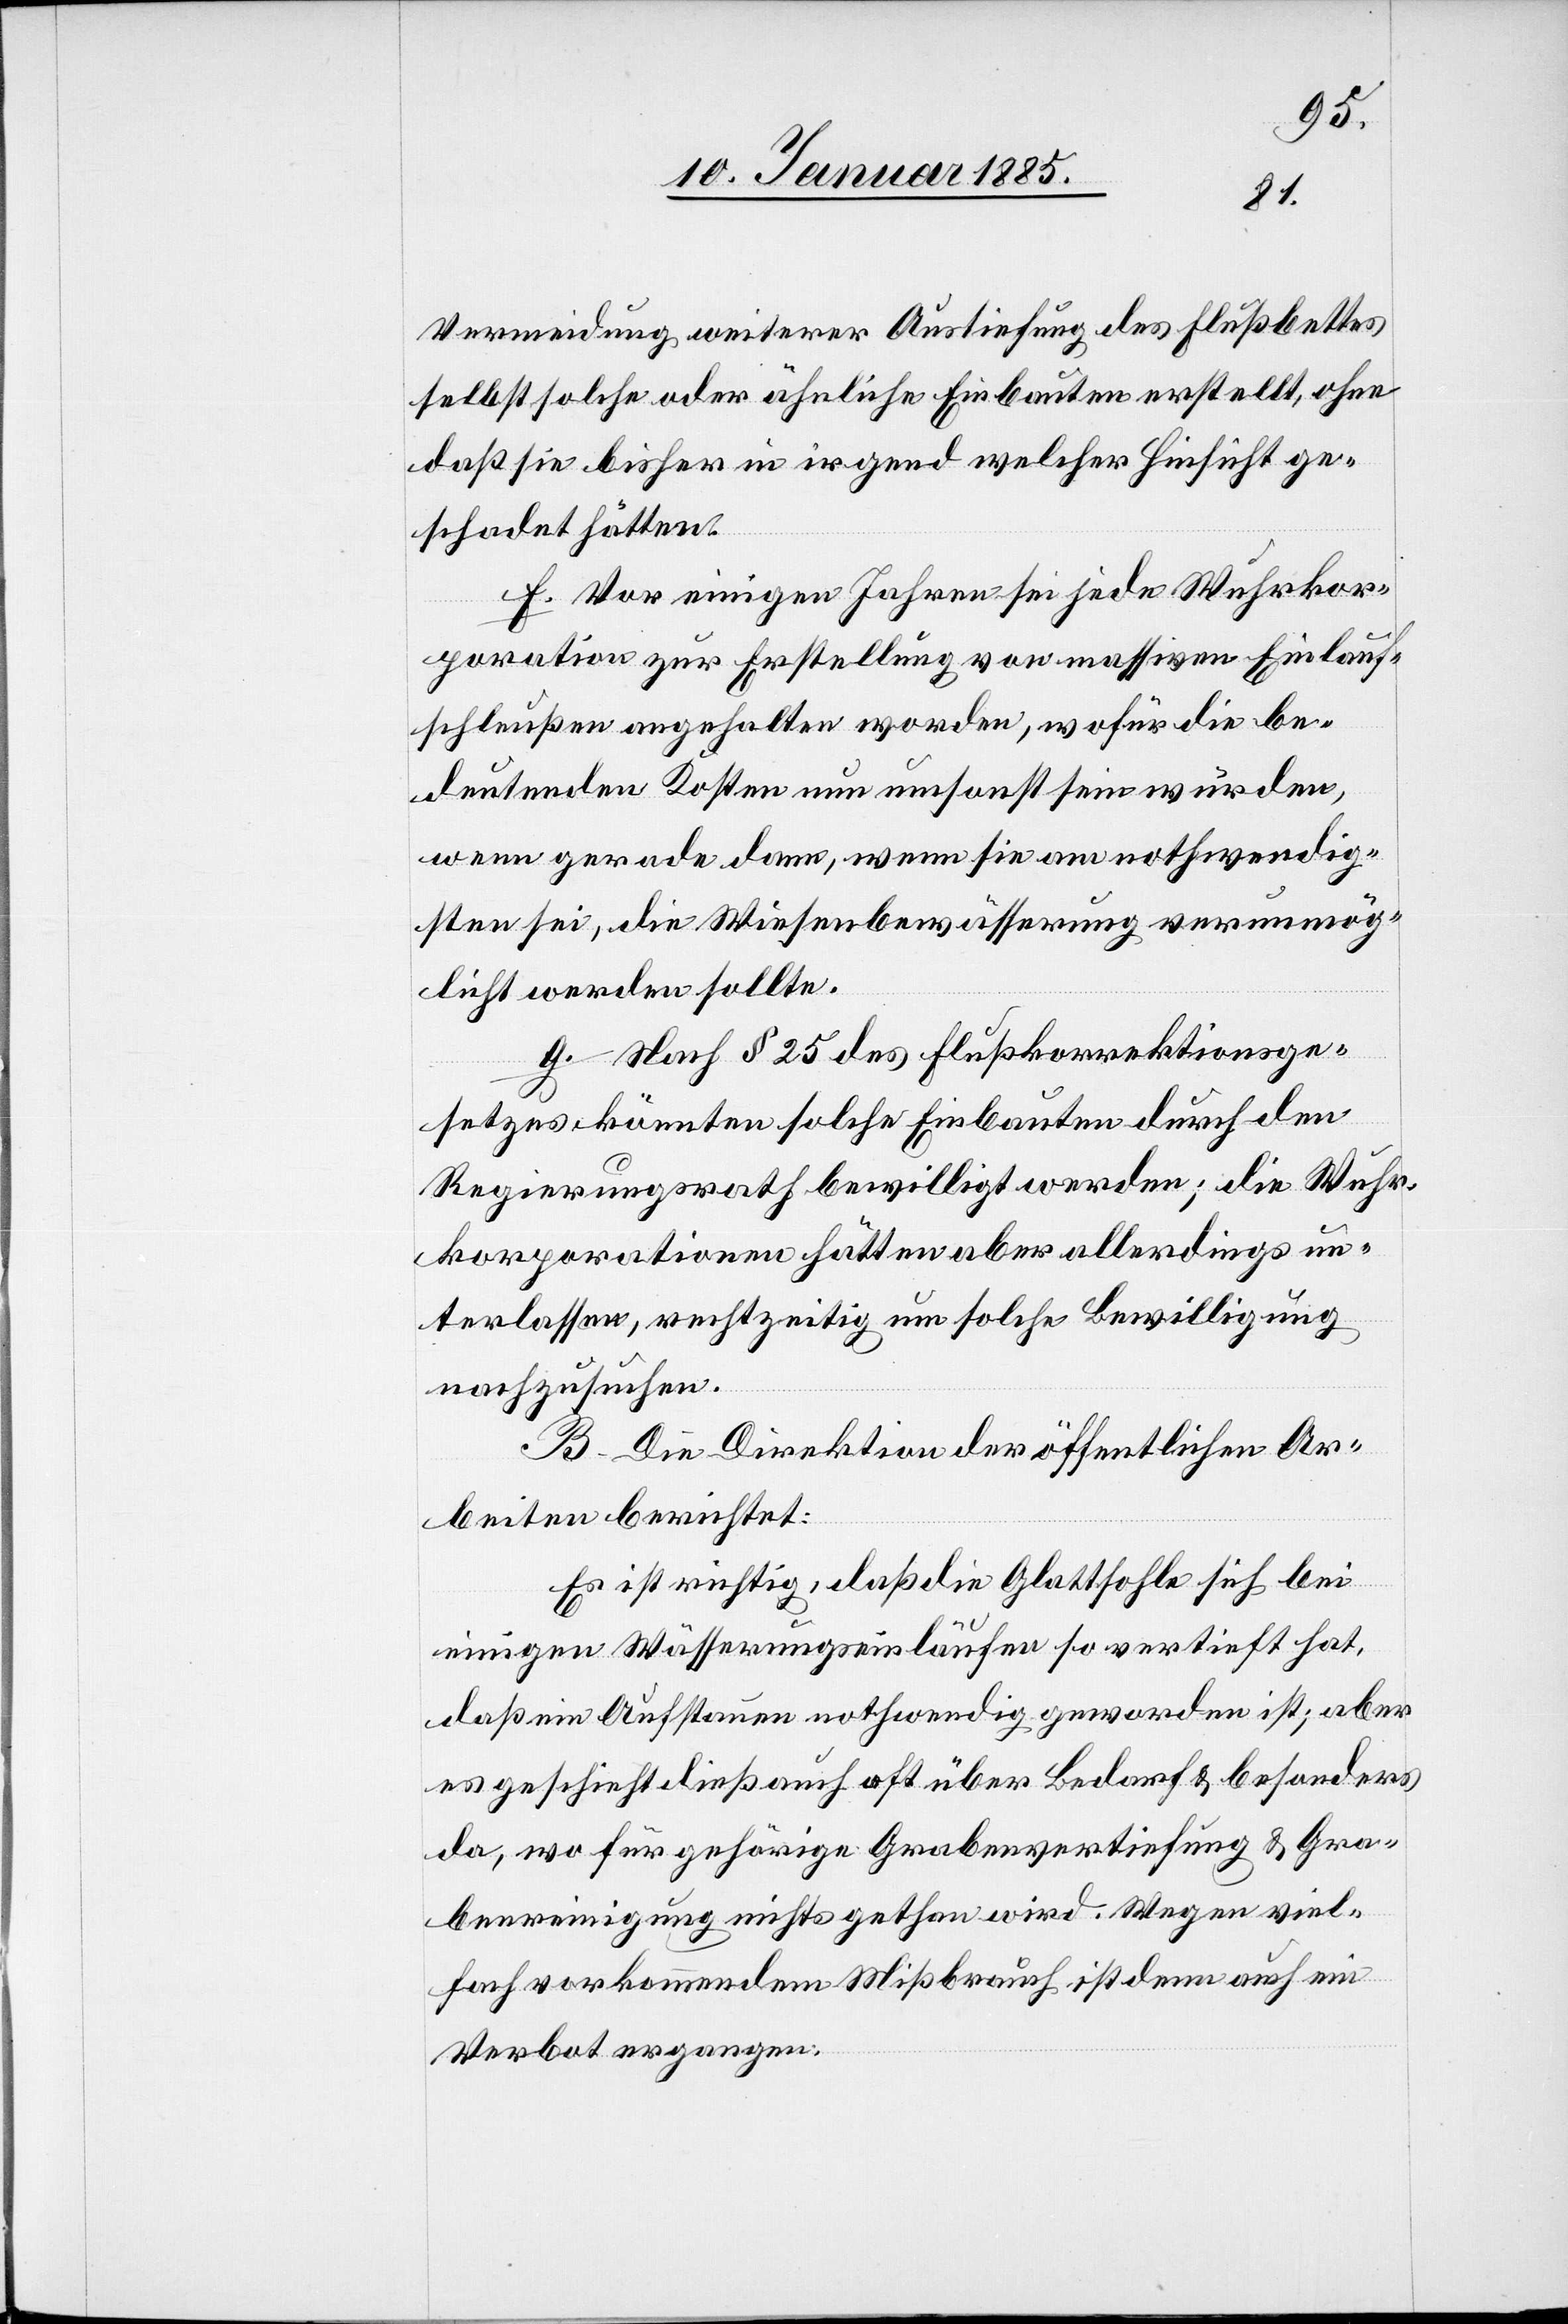
Vermeidung weiterer Austiefung des Flußbettes
selbst solche oder ähnliche Einbauten erstellt, ohne
daß sie bisher in irgend welcher Hinsicht ge¬
schadet hätten.
f. Vor einigen Jahren sei jede Wuhrkor¬
poration zur Erstellung von massiven Einlauf¬
schleußen angehalten worden, wofür die be¬
deutenden Kosten nun umsonst sein würden,
wenn gerade dann, wenn sie am nothwendig¬
sten sei, die Wiesenbewässerung verunmög¬
licht werden sollte.
g. Nach § 25 des Flußkorrektionsge¬
setzes könnten solche Einbauten durch den
Regierungsrath bewilligt werden; die Wuhr¬
korporationen hätten aber allerdings un¬
terlassen, rechtzeitig um solche Bewilligung
nachzusuchen.
B. Die Direktion der öffentlichen Ar¬
beiten berichtet:
Es ist richtig, daß die Glattsohle sich bei
einigen Wässerungsläufen so vertieft hat,
daß ein Aufstauen nothwendig geworden ist; aber
es geschieht dieß auch oft über Bedarf & besonders
da, wo für gehörige Grabenvertiefung & Gra¬
benreinigung nichts gethan wird. Wegen viel¬
fach vorgekommenem Mißbrauch ist denn auch ein
Verbot ergangen: